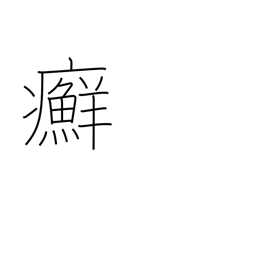
Meaning: ringworm